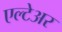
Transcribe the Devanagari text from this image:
एल्टेअर